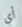
أي